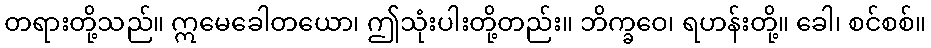
တရားတို့သည်။ ဣမေခေါတယော၊ ဤသုံးပါးတို့တည်း။ ဘိက္ခဝေ၊ ရဟန်းတို့။ ခေါ၊ စင်စစ်။